Plague in India, 1896, 1897 - Volume 3
Year: 1896
Disease focus: Plague
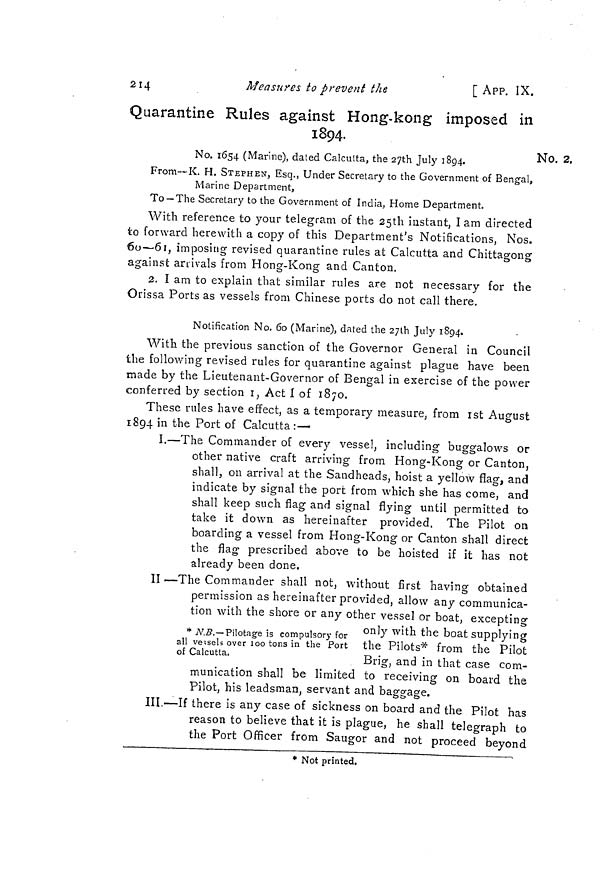
214
Measures to prevent the
[ APP. IX.
Quarantine Rules against Hong-kong imposed in
1894.
No. 2.
No. 1654 (Marine), dated Calcutta, the 27th July 1894.
From—K. H. STEPHEN, Esq., Under Secretary to the Government of Bengal,
Marine Department,
To —The Secretary to the Government of India, Home Department.
With reference to your telegram of the 25th instant, I am directed
to forward herewith a copy of this Department's Notifications, Nos.
60—61, imposing revised quarantine rules at Calcutta and Chittagong
against arrivals from Hong-Kong and Canton.
2. I am to explain that similar rules are not necessary for the
Orissa Ports as vessels from Chinese ports do not call there.
Notification No. 60 (Marine), dated the 27th July 1894.
With the previous sanction of the Governor General in Council
the following revised rules for quarantine against plague have been
made by the Lieutenant-Governor of Bengal in exercise of the power
conferred by section 1, Act I of 1870.
These rules have effect, as a temporary measure, from 1st August
1894 in the Port of Calcutta:—
I.—The Commander of every vessel, including buggalows or
other native craft arriving from Hong-Kong or Canton,
shall, on arrival at the Sandheads, hoist a yellow flag, and
indicate by signal the port from which she has come, and
shall keep such flag and signal flying until permitted to
take it down as hereinafter provided. The Pilot on
boarding a vessel from Hong-Kong or Canton shall direct
the flag prescribed above to be hoisted if it has not
already been done.
* N.B.— Pilotage is compulsory for
all vessels over 100 tons in the Port
of Calcutta.
II —The Commander shall not, without first having obtained
permission as hereinafter provided, allow any communica-
tion with the shore or any other vessel or boat, excepting
only with the boat supplying
the Pilots* from the Pilot
Brig, and in that case com-
munication shall be limited to receiving on board the
Pilot, his leadsman, servant and baggage.
III.—If there is any case of sickness on board and the Pilot has
reason to believe that it is plague, he shall telegraph to
the Port Officer from Saugor and not proceed beyond
* Not printed.